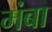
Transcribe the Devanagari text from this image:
मंबा